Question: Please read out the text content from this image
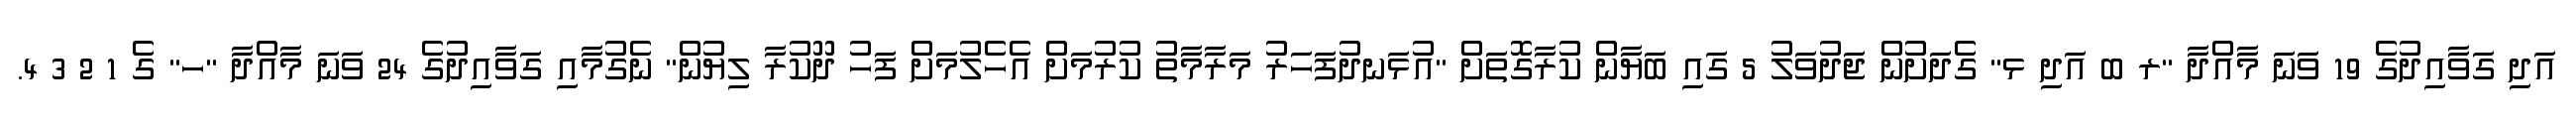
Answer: އަދި ގަވާއިދުގެ 19 ވަނަ މާއްދާ "ރ ބ އަދި ޅ" ގެދަށުން ޖަދުވަލު 5 ގައި ބަޔާން ކުރާގޮތަށް "އުޅަނދުފަހަރު މަރާމާތު ކުރުމަށް އެހެލުމަށް ފަހު ދޫކުރާ ލިޔުން" ނެގުމާއި ގަވާއިދުގެ 24 ވަނަ މާއްދާ "ހ" ގެ 1 2 3 4.